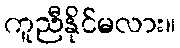
ကူညီနိုင်မလား။